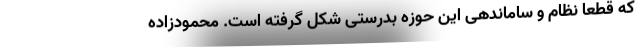
که قطعا نظام‌ و ساماندهی این حوزه بدرستی شکل گرفته است. محمودزاده